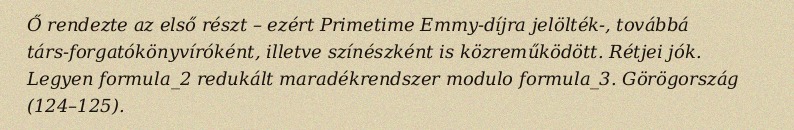
Ő rendezte az első részt – ezért Primetime Emmy-díjra jelölték-, továbbá társ-forgatókönyvíróként, illetve színészként is közreműködött. Rétjei jók. Legyen formula_2 redukált maradékrendszer modulo formula_3. Görögország (124–125).